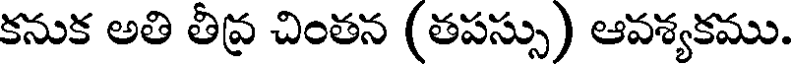
కనుక అతి తీవ్ర చింతన (తపస్సు) ఆవశ్యకము.